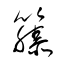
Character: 籐